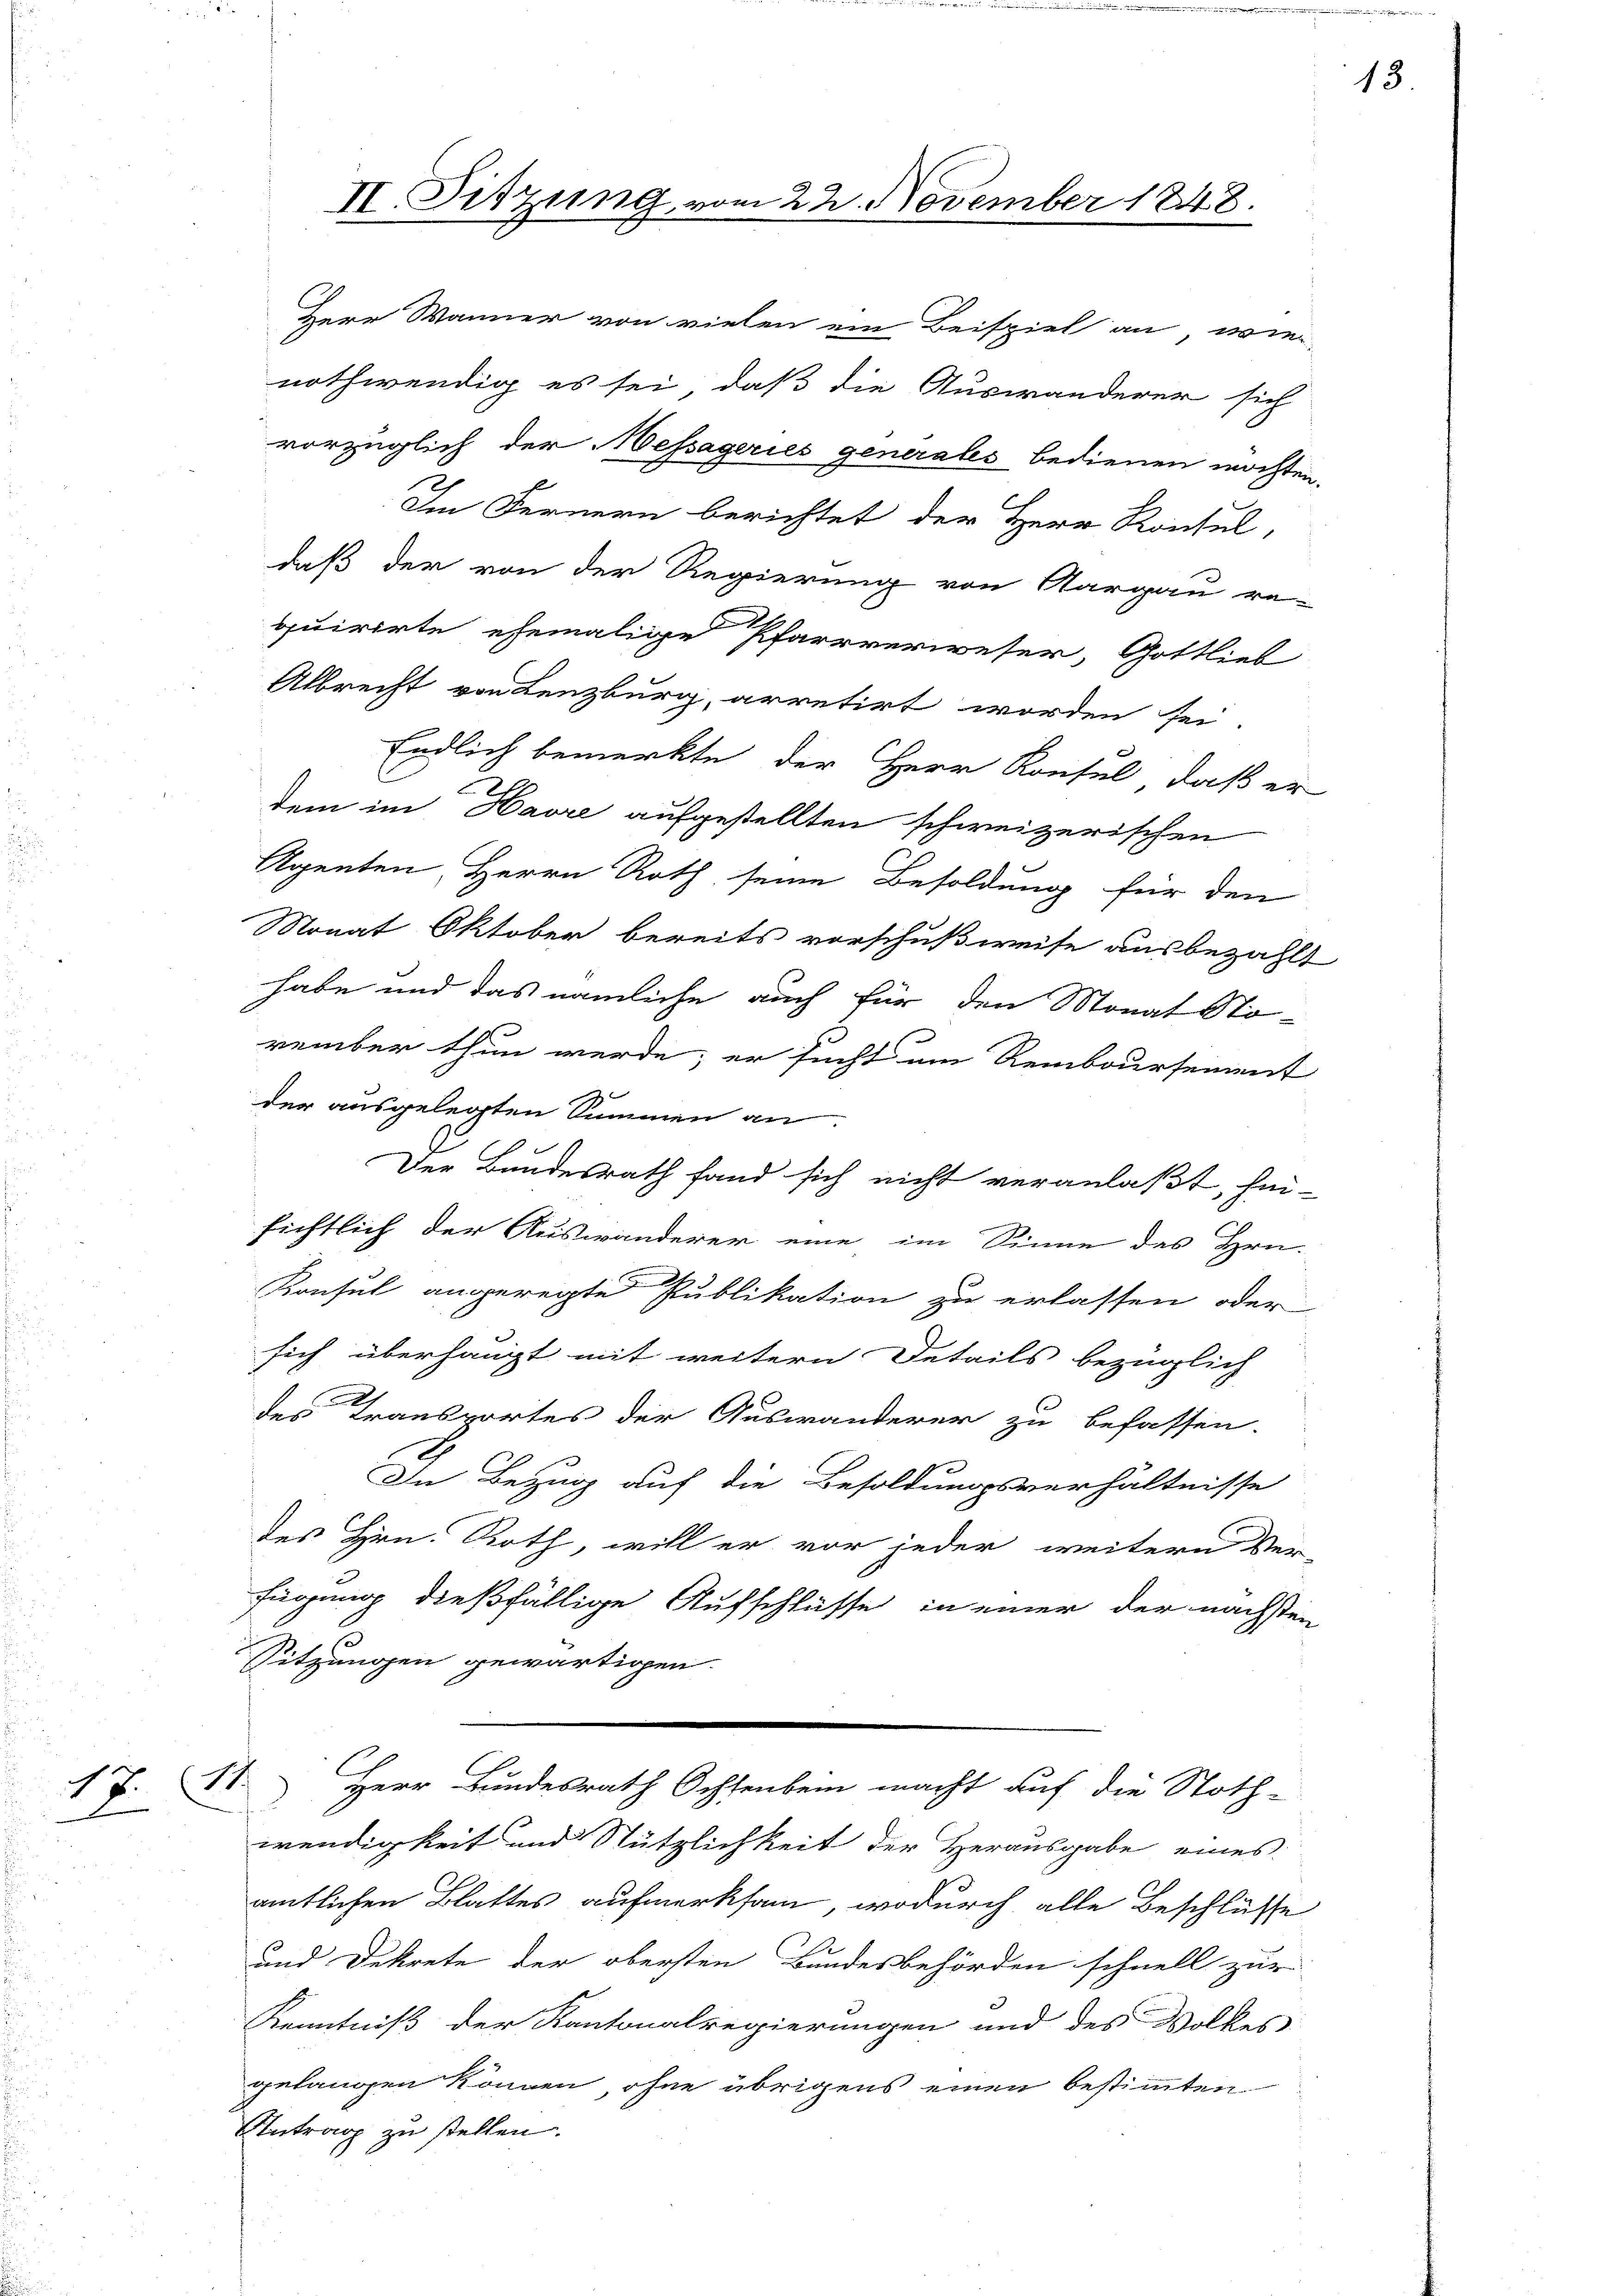
II. Sitzung vom 22. November 184
Herr Wanner von vielen ein Beispiel an, wie
nothwendig es sei, daß die Auswanderer sich

daß der von der Regierung von Aargau re-
quirirte ehemalige Pfarrverweser, Gottlieb
Albrecht von Lenzburg, arretirt worden sei.
Endlich bemerkte, der Herr Konsul, daß er
dem im Havre aufgestellten schweizerischen
Agenten, Herrn Roth seine Besoldung für den
Nonat Oktober bereits vorschußweise ausbezahlt
habe und das nämliche auch für den Monat Stö-
vember thun werde; er sucht am Remboursement
der ausgelegten Summen an
Der Bundesrath fand sich nicht veranlaßt, hin-
sichtlich der Auswanderer eine im Sinne des Hrn.
Konsul angeregte Publikation zu erlassen oder
sich überhaupt mit weitern Details bezüglich
2
des Transportes der Auswanderer zu befassen.
In Bezug auf die Besoldungsverhältnisse
des Hrn. Roth, will er vor jeder weitern Ver-
fügung dießfällige Aufschlüsse in einer der nächsten
Sitzungen gewärtigen.
.
1 J. Herr Bundesrath Ochsenbein macht auf die Noth-
wendigkeit und Nützlichkeit der Herausgabe eines
amtlichen Blattes aufmerksam, wodurch alle Beschlüsse
und Dekrete der obersten Bundesbehörden schnell zur
Kenntniß der Kantonalregierungen und des Volkes
gelangen können, ohne übrigens einen bestimmten
Antrag zu stellen.

vorzüglich der essageries generales bedienen möchten.
Im Fernern berichtet der Herr Konsul,

13.

.